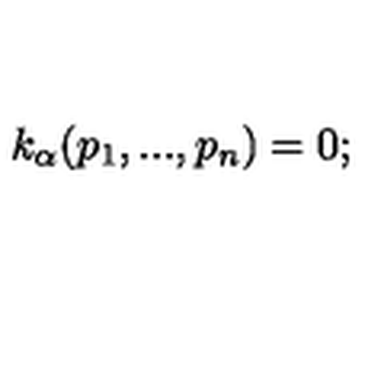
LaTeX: k _ { \alpha } ( p _ { 1 } , . . . , p _ { n } ) = 0 ;